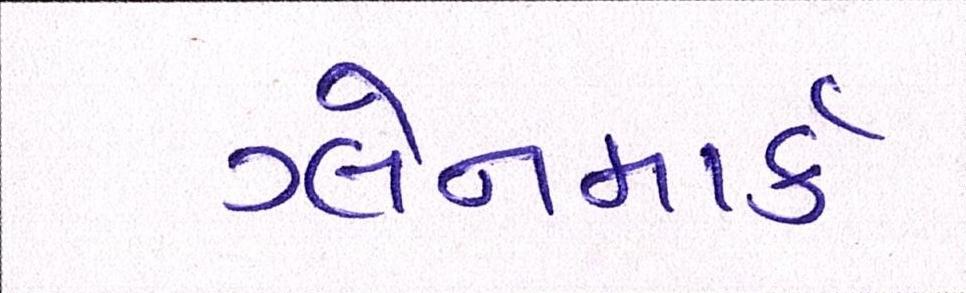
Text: ગ્લેનમાર્ક